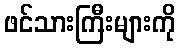
ဖင်သားကြီးများကို